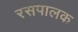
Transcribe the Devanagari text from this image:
रसपालक